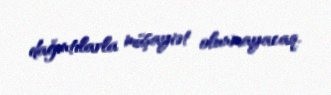
dağıntılarla müşayiət olunmayacaq.